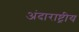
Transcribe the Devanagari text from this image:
अंदाराष्ट्रीय